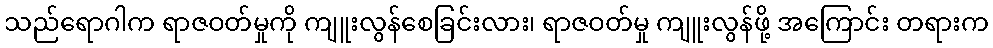
သည်ရောဂါက ရာဇဝတ်မှုကို ကျူးလွန်စေခြင်းလား၊ ရာဇဝတ်မှု ကျူးလွန်ဖို့ အကြောင်း တရားက